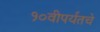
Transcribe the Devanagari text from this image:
१०वीपर्यंतचे